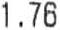
1.76